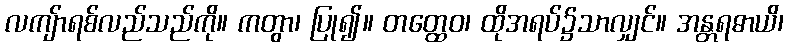
လကျ်ာရစ်လည်သည်ကို။ ကတွာ၊ ပြု၍။ တတ္ထေဝ၊ ထိုအရပ်၌သာလျှင်။ အန္တရဓာယိ၊